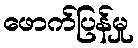
ဖောက်ပြန်မှု